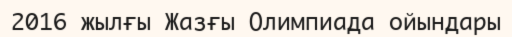
2016 жылғы Жазғы Олимпиада ойындары